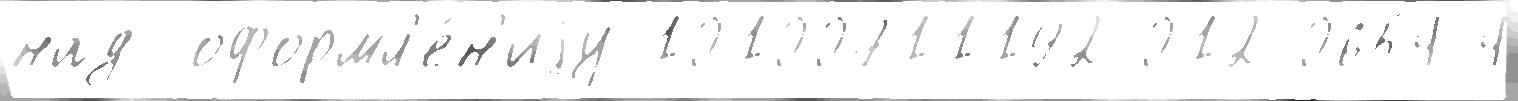
над  оформл'е́н'иjу 10100711192-012-0654-4